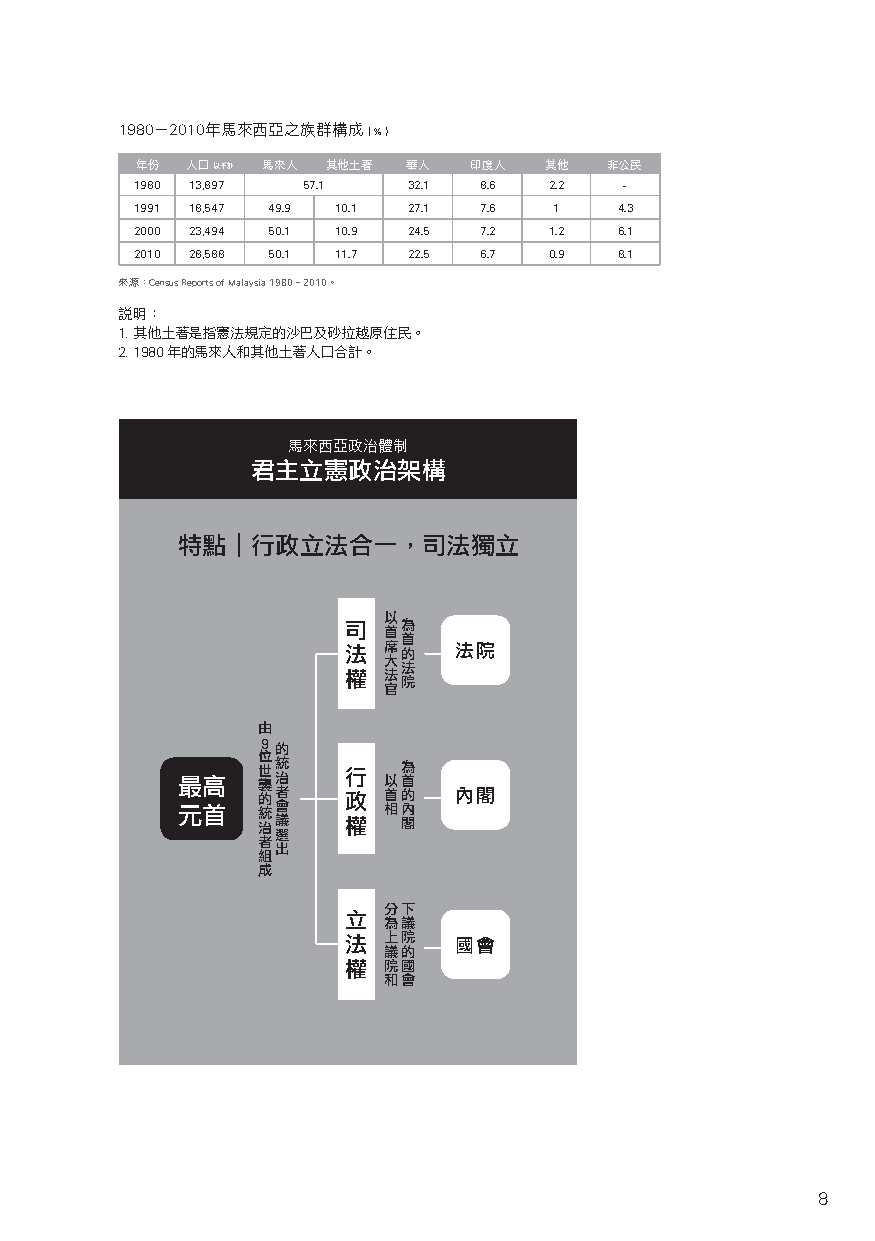
1980－2010年馬來西亞之族群構成（％）
 年份 人口以千計 馬來人 其他土著 華人  印度人  其他  非公民
 1980 13,897 57.1  32.1 8.6 2.2  -
 1991 18,547 49.9 10.1 27.1 7.6 1 4.3
 2000 23,494 50.1 10.9 24.5 7.2 1.2 6.1
 2010 28,588 50.1 11.7 22.5 6.7 0.9 8.1
 來源：Census Reports of Malaysia 1980–2010。
 說明：
 1. 其他土著是指憲法規定的沙巴及砂拉越原住民。
 2. 1980年的馬來人和其他土著人口合計。
 馬來西亞政治體制
 君主立憲政治架構
 特點｜行政立法合一，司法獨立
 以
 司   為
 首
 首
 法 席 的  法院
 大
 權 法法
 院
 官
 由
 ９的
 位
 世統    行   為
 最高   襲治      以首
 的者    政 首的   內閣
 元首   統會      相內
 治議    權   閣
 選
 者
 出
 組
 成
 立 分下
 為議
 法 上院
 議的   國會
 權 院國
 和會
 8